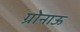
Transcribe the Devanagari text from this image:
ग्रोनाऊ